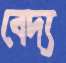
বেদ্য